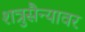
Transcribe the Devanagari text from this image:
शत्रुसैन्यावर